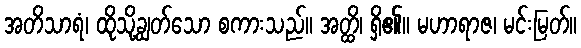
အတိသာရံ၊ ထိုသို့ချွတ်သော စကားသည်။ အတ္ထိ၊ ရှိ၏။ မဟာရာဇ၊ မင်းမြတ်။